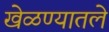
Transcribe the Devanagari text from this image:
खेळण्यातले